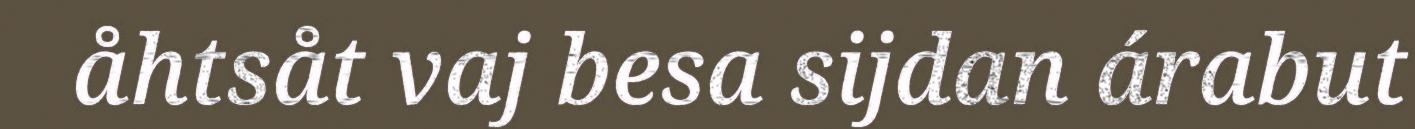
åhtsåt vaj besa sijdan árabut